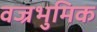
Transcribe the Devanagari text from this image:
वज्रभुमिक